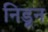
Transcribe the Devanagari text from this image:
निडून